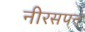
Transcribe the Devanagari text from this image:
नीरसपन